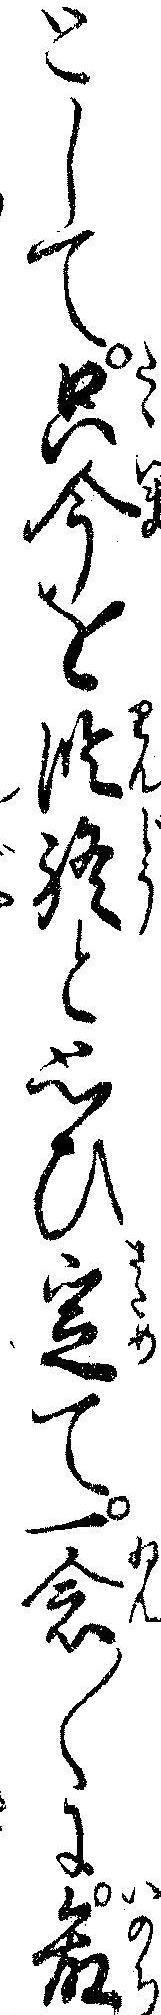
として只今を臨終と思ひ定て一念〱に命